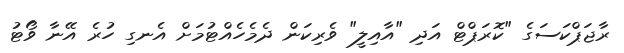
ރާޖަޕްކަސަގެ "ކޮރަޕްޓް އަދި "އާއިލީ" ވެރިކަން ދެމެހެއްޓުމަށް އެނގި ހުރެ އޭނާ ވޯޓު